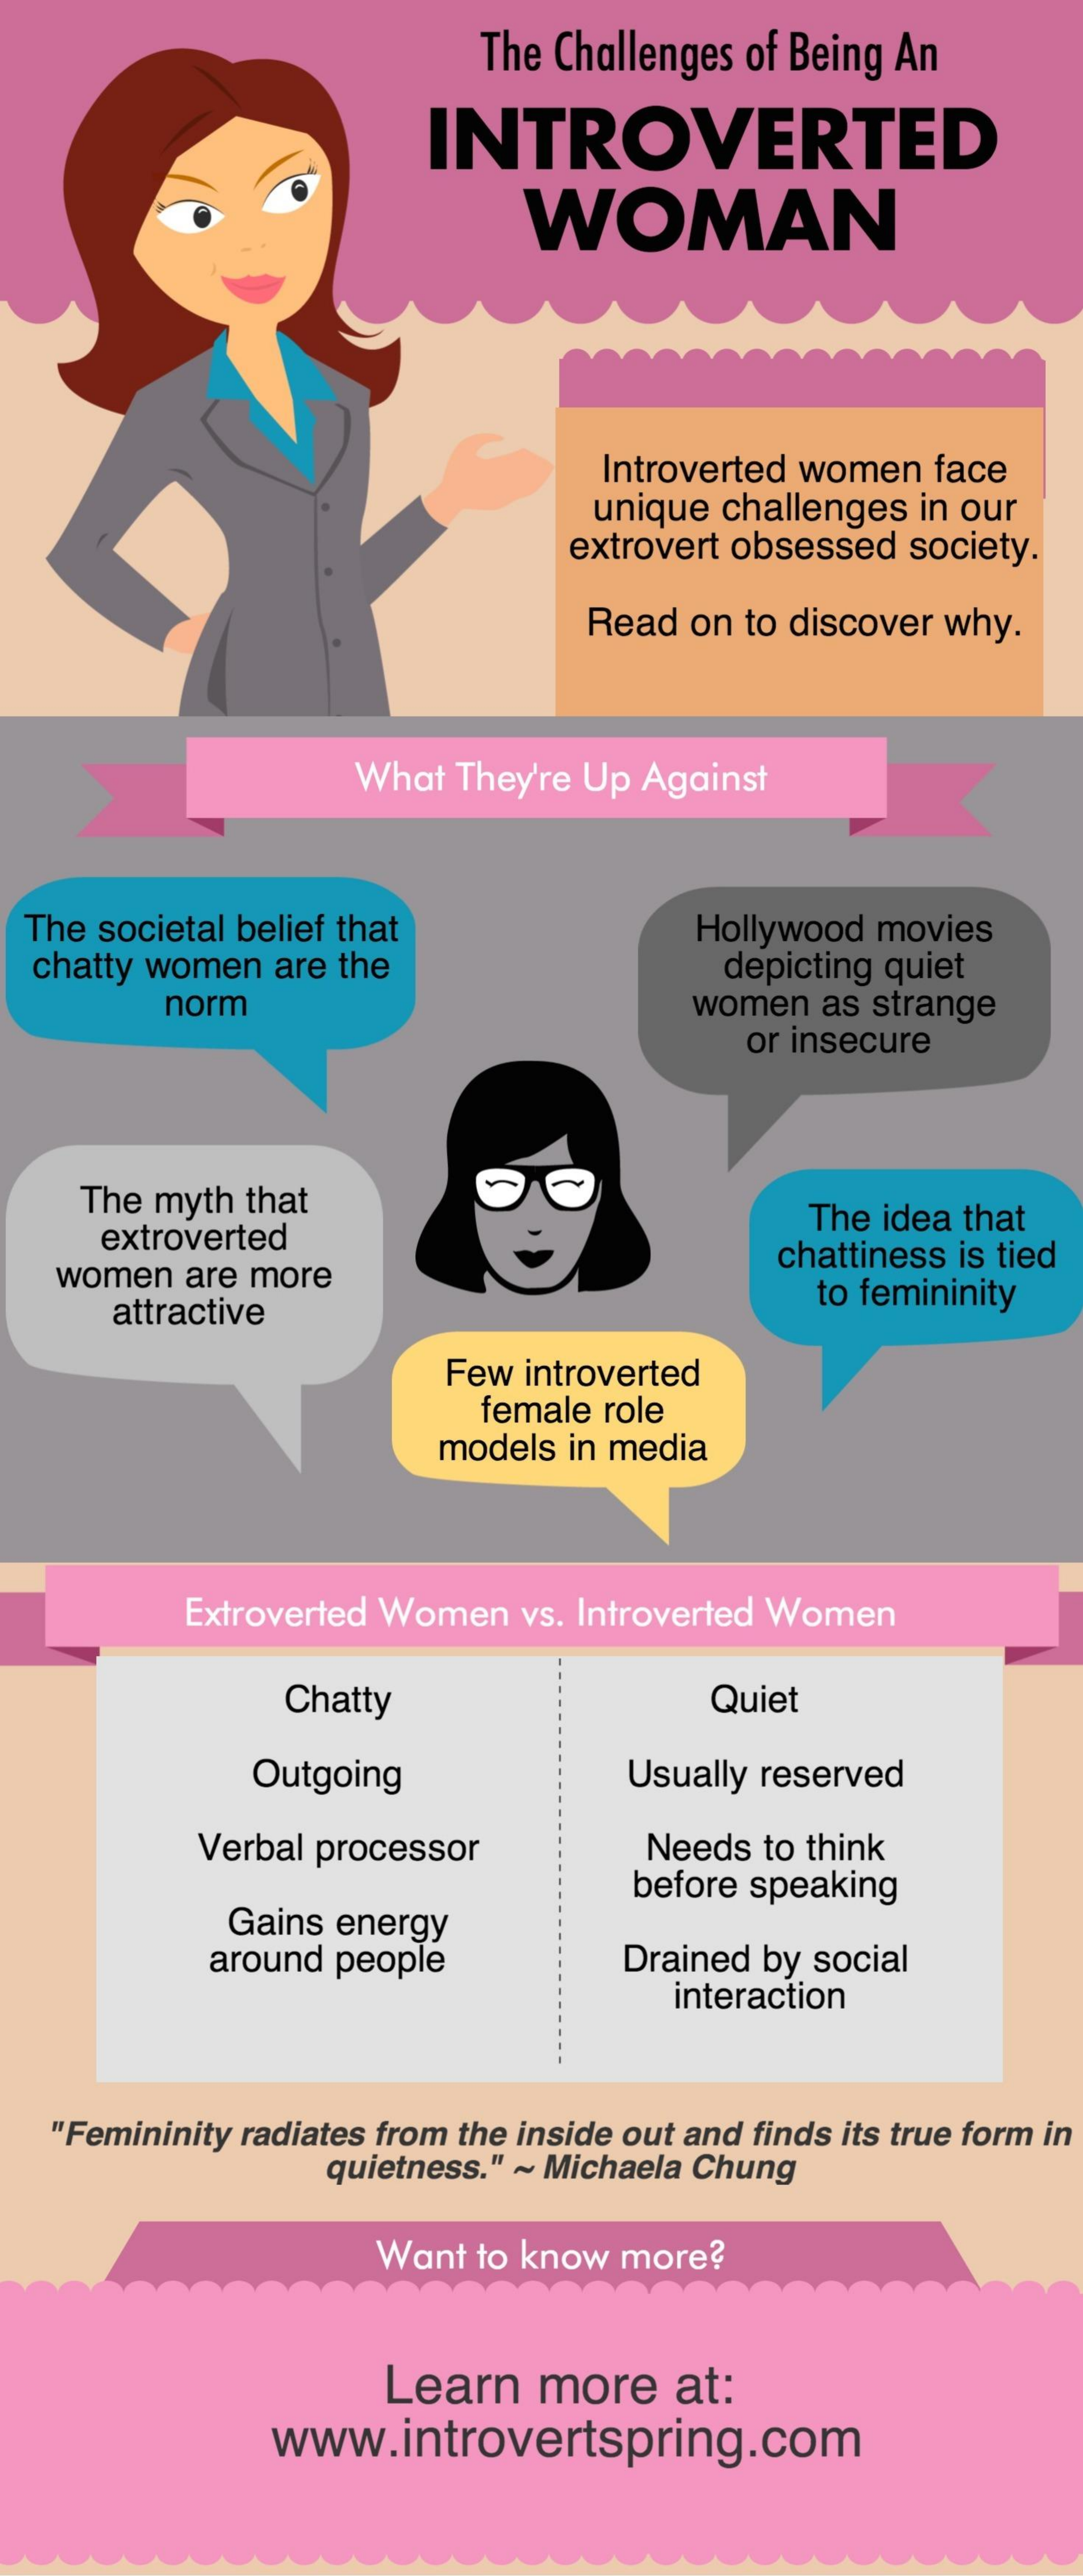
The Challenges of Being An
     INTROVERTED
     WOMAN
     Introverted women face
     unique challenges in our
     extrovert obsessed society.
     Read  on to discover why.
     What They're Up Against
  The societal belief that    Hollywood movies
  chatty women are the    depicting quiet
     norm    women  as strange
     or insecure
     The myth that
     extroverted
     The idea that
   women  are more
     chattiness is tied
     attractive
     to femininity
     Few introverted
     female role
     models in media
     Extroverted Women  vs. Introverted Women
     Chatty    Quiet
     Outgoing    Usually reserved
     Verbal processor    Needs to think
     Gains energy
     before speaking
     around people    Drained by social
     interaction
   "Femininity radiates from the inside out and finds its true form in
     quietness." ~ Michaela Chung
     Want to know more?
     Learn   more    at:
     www.introvertspring.com